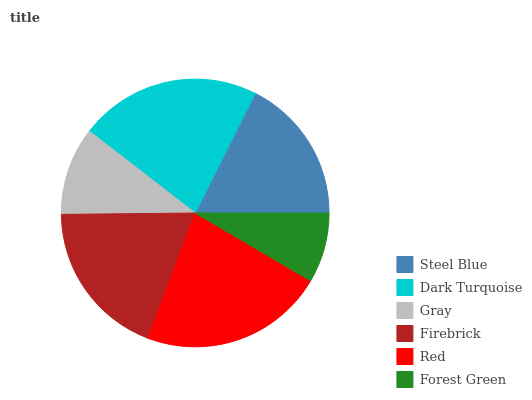
| Steel Blue | Dark Turquoise | Gray | Firebrick | Red | Forest Green |
 | --- | --- | --- | --- | --- | --- |
 | 17.6% | 21.9% | 10.6% | 19.1% | 22.3% | 8.46% |